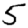
Digit: 5